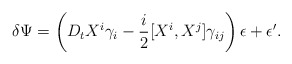
\begin{align*}\delta\Psi =\left(D_t X^i \gamma_i -{i \over 2} [X^i, X^j]\gamma_{ij}\right)\epsilon +\epsilon^{\prime}.\end{align*}